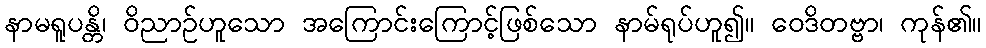
နာမရူပန္တိ၊ ဝိညာဉ်ဟူသော အကြောင်းကြောင့်ဖြစ်သော နာမ်ရုပ်ဟူ၍။ ဝေဒိတဗ္ဗာ၊ ကုန်၏။